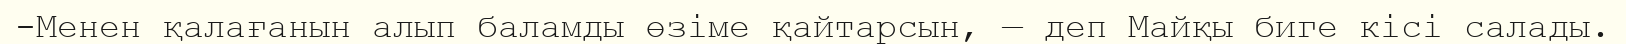
-Менен қалағанын алып баламды өзіме қайтарсын, — деп Майқы биге кісі салады.